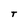
Character: T